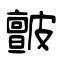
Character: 皽